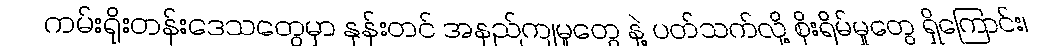
ကမ်းရိုးတန်းဒေသတွေမှာ နုန်းတင် အနည်ကျမှုတွေ နဲ့ ပတ်သက်လို့ စိုးရိမ်မှုတွေ ရှိကြောင်း၊